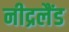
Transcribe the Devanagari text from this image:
नीद्रलैंड